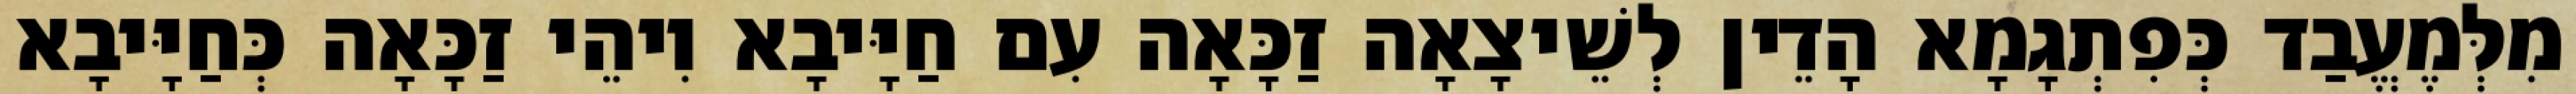
מִלְּמֶעֱבַד כְּפִתְגָמָא הָדֵין לְשֵׁיצָאָה זַכָּאָה עִם חַיָּיבָא וִיהֵי זַכָּאָה כְּחַיָּיבָא